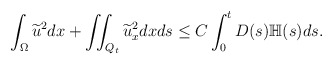
\begin{align*} \int_\Omega \widetilde{u}^2dx+ \iint_{Q_t} \widetilde{u}_x ^2dxds\leq C \int_0^tD(s)\mathbb{H}(s)ds.\end{align*}